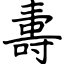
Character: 夀